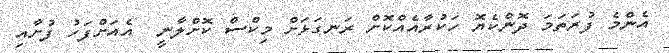
އެންމެ ފުރަތަމަ ދޮންކެޔޮ ހަކުރާއެއްކޮށް ރަނގަޅަށް މިކްސް ކޮށްލާނީ  އެއަށްފަހު ފުށާއި